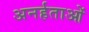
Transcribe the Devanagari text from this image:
अनर्हताओं